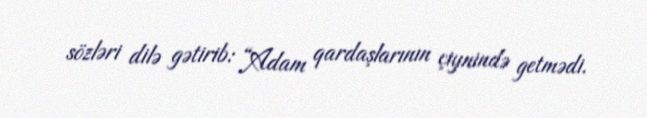
sözləri dilə gətirib: “Adam qardaşlarının çiynində getmədi.